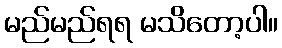
မည်မည်ရရ မသိတော့ပါ။